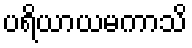
ပရိယာယမကာသိ